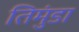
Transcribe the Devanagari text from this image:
तिमुंडा